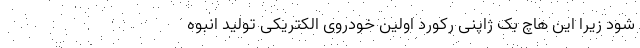
شود زیرا این هاچ بک ژاپنی رکورد اولین خودروی الکتریکی تولید انبوه